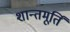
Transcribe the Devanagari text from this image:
शान्तमूर्तिं